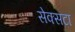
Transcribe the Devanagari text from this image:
सेक्सटा